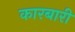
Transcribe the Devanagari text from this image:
कारबारी